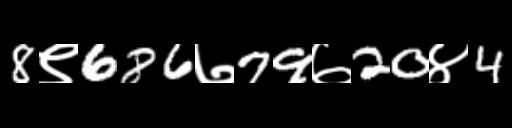
Text: 8९686७79७20४4